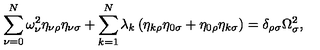
\sum _ { \nu = 0 } ^ { N } \omega _ { \nu } ^ { 2 } \eta _ { \nu \rho } \eta _ { \nu \sigma } + \sum _ { k = 1 } ^ { N } \lambda _ { k } \left( \eta _ { k \rho } \eta _ { 0 \sigma } + \eta _ { 0 \rho } \eta _ { k \sigma } \right) = \delta _ { \rho \sigma } \Omega _ { \sigma } ^ { 2 } ,